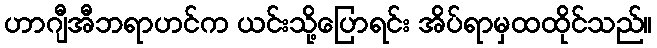
ဟာဂျီအီဘရာဟင်က ယင်းသို့ပြောရင်း အိပ်ရာမှထထိုင်သည်။